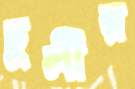
ঢুলীর